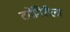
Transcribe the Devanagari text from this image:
टगेगिरीला